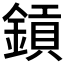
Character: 𨫋